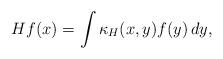
LaTeX: \begin{align*} Hf(x)=\int \kappa_H(x,y) f(y)\, dy, \end{align*}